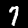
Label: 7